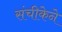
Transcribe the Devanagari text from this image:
संचीकेने